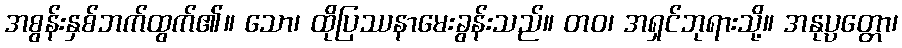
အစွန်းနှစ်ဘက်ထွက်၏။ သော၊ ထိုပြဿနာမေးခွန်းသည်။ တဝ၊ အရှင်ဘုရားသို့။ အနုပ္ပတ္တော၊